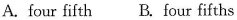
A. four fifth B. Four fifths